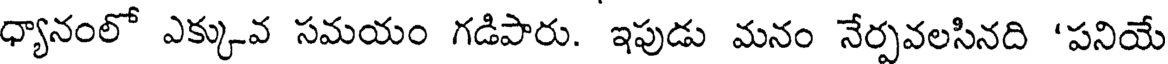
ధ్యానంలో ఎక్కువ సమయం గడిపారు. ఇపుడు మనం నేర్పవలసినది 'పనియే